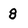
Character: 8